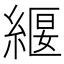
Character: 𮈧